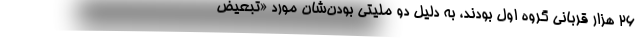
۲۶ هزار قربانی گروه اول بودند، به دلیل دو ملیتی بودن‌شان مورد «تبعیض